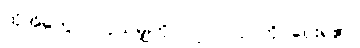
ထိုအိမ်တွင် လိုသမျှကို ပြုပြင်လုပ်ကိုင်ပေးရ၏။